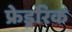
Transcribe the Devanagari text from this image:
फ्रेड्ररिक